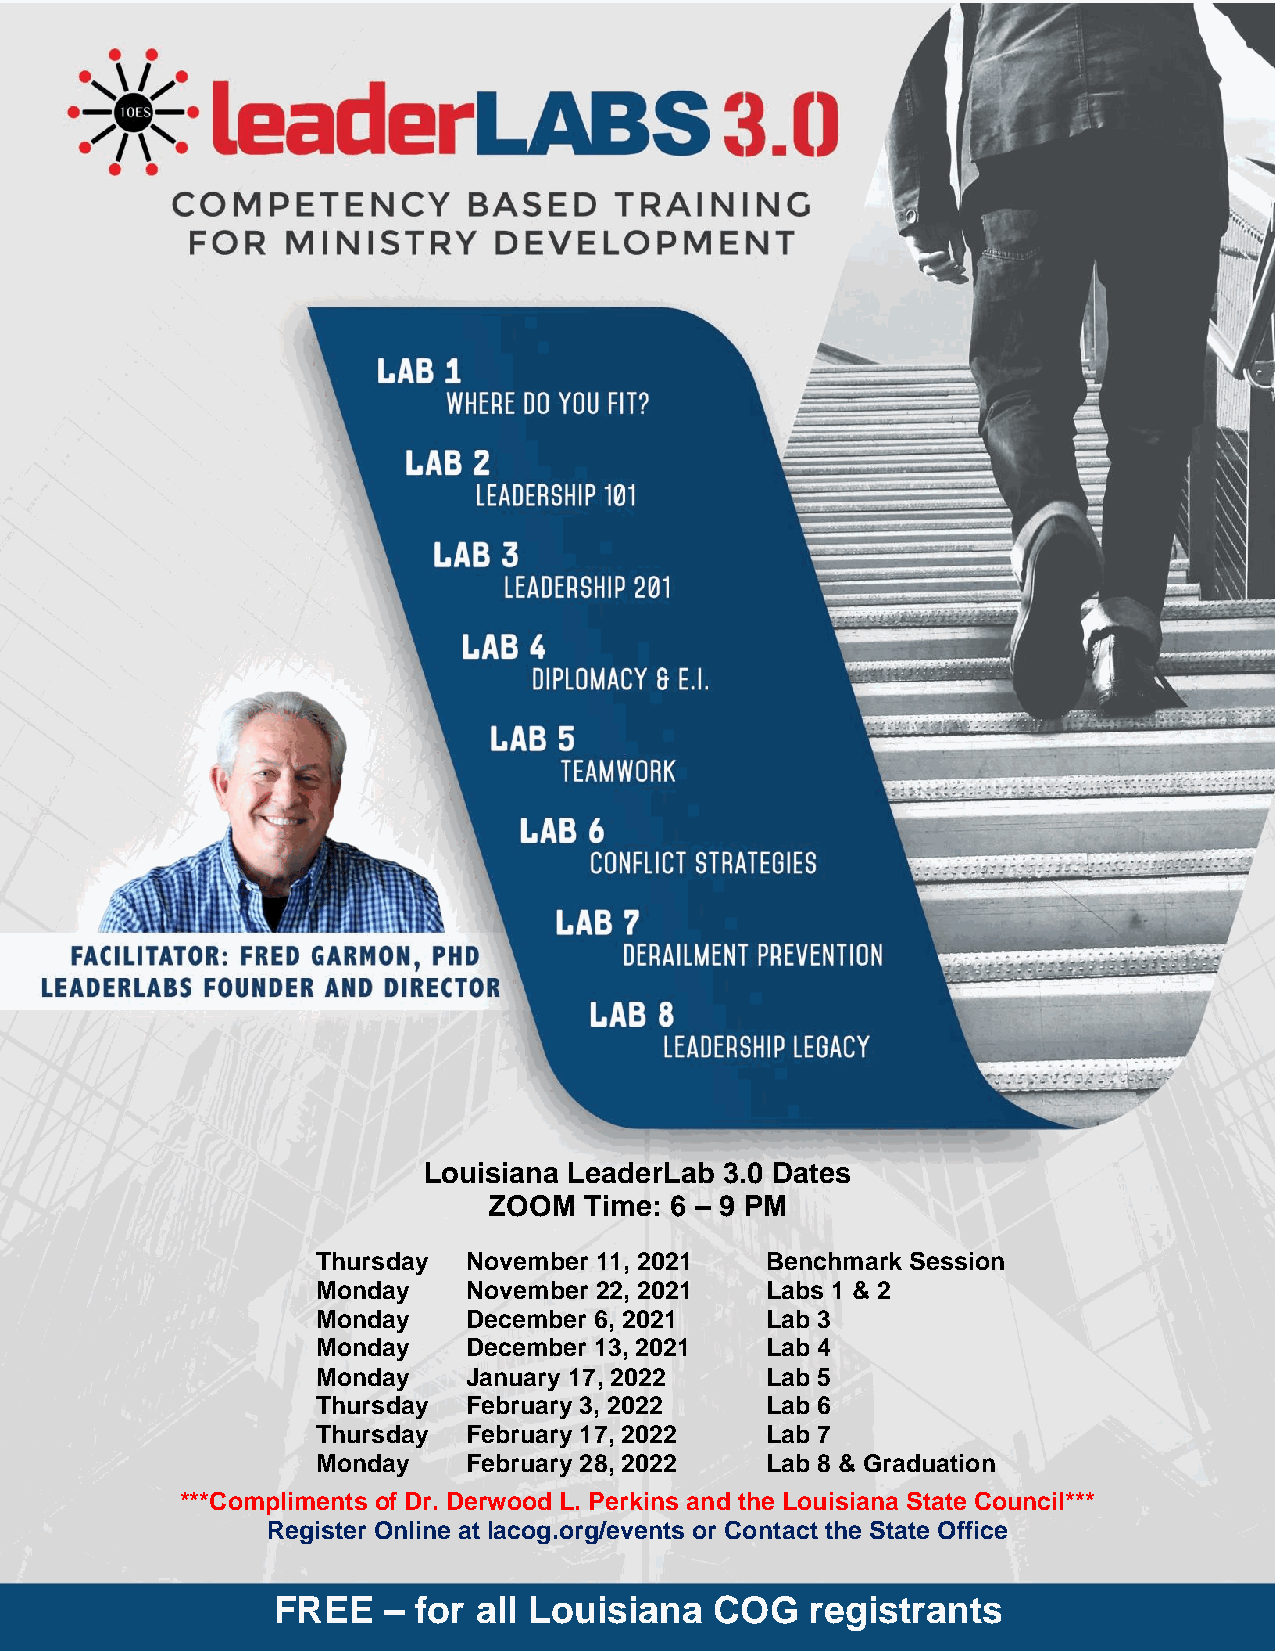
Louisiana LeaderLab 3.0 Dates
 ZOOM   Time: 6 – 9 PM
 Thursday  November 11, 2021   Benchmark Session
 Monday    November 22, 2021   Labs 1 & 2
 Monday    December 6, 2021    Lab 3
 Monday    December 13, 2021   Lab 4
 Monday    January 17, 2022    Lab 5
 Thursday  February 3, 2022    Lab 6
 Thursday  February 17, 2022   Lab 7
 Monday    February 28, 2022   Lab 8 & Graduation
 ***Compliments of Dr. Derwood L. Perkins and the Louisiana State Council***
 Register Online at lacog.org/events or Contact the State Office
 FREE   – for all Louisiana   COG    registrants